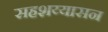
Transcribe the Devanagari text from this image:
सहशय्यासन